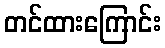
တင်ထားကြောင်း